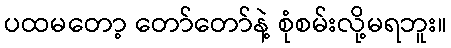
ပထမတော့ တော်တော်နဲ့ စုံစမ်းလို့မရဘူး။